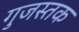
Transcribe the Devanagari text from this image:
गुजस्तक